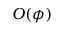
O ( \phi )